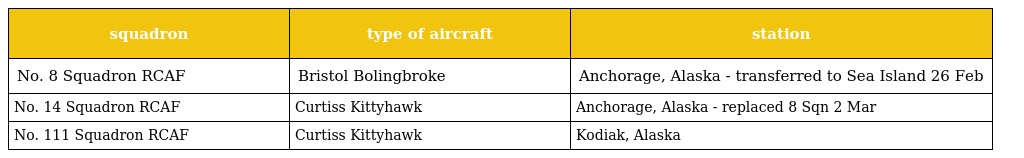
| squadron | type of aircraft | station |
 | --- | --- | --- |
 | No. 8 Squadron RCAF | Bristol Bolingbroke | Anchorage, Alaska - transferred to Sea Island 26 Feb |
 | No. 14 Squadron RCAF | Curtiss Kittyhawk | Anchorage, Alaska - replaced 8 Sqn 2 Mar |
 | No. 111 Squadron RCAF | Curtiss Kittyhawk | Kodiak, Alaska |